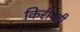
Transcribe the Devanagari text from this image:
किरीबती